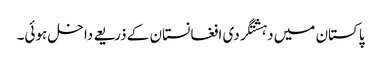
پاکستان میں دہشتگردی افغانستان کے ذریعے داخل ہوئی۔